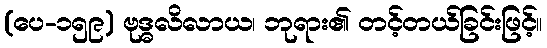
(ပေ-၁၅၉) ဗုဒ္ဓလိလာယ၊ ဘုရား၏ တင့်တယ်ခြင်းဖြင့်။